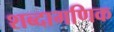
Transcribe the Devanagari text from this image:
शब्दागणिक